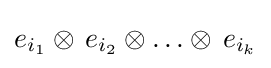
e_{i_{1}}\otimes \,e_{i_{2}}\otimes \ldots \otimes \,e_{i_{k}}